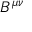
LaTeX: B ^ { \mu \nu }